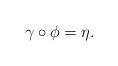
LaTeX: \begin{align*}\gamma\circ\phi=\eta.\end{align*}